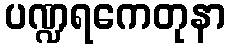
ပဏ္ဍရကေတုနာ